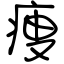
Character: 痩